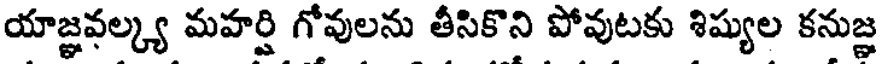
యాజ్ఞవల్క్య మహర్షి గోవులను తీసికొని పోవుటకు శిష్యుల కనుజ్ఞ